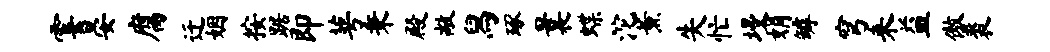
霎晏腐迁姻按踞即萼秉殿敞舄琢曩蝶沱薰失忙墁娟罅穹来益傲裘